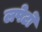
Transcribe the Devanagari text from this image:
लपेटो